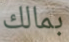
بمالك